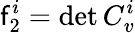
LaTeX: \mathsf{f}_{2}^{i}=\operatorname*{det}C_{v}^{i}